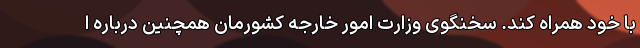
با خود همراه کند. سخنگوی وزارت امور خارجه کشورمان همچنین درباره ا